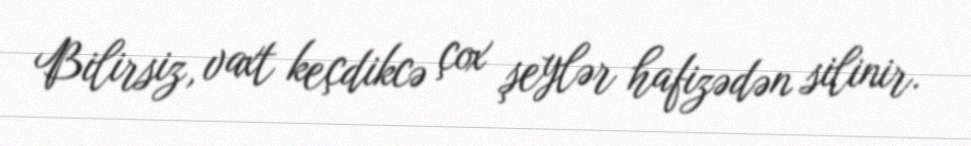
Bilirsiz, vaxt keçdikcə çox şeylər hafizədən silinir.